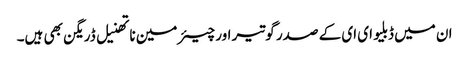
ان میں ڈبلیو ای ای کے صدر گوتیر اور چیئرمین ناتھنیل ڈریگن بھی ہیں۔